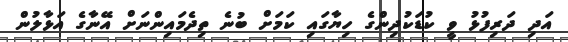
އަދި ދަރިފުޅު ވީ ކުޑަކުދިންގެ ހިޔާގައި ކަމަށް ބުނެ ތިދެމައިންނަށް އޭނާގެ އަޅާލުން